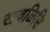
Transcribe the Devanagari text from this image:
खवळिसि